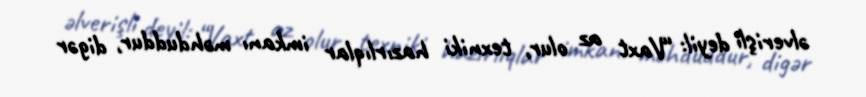
əlverişli deyil: “Vaxt az olur, texniki hazırlıqlar imkanı məhduddur, digər